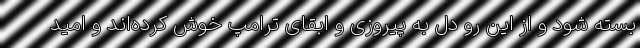
بسته شود و از این رو دل به پیروزی و ابقای ترامپ خوش کرده‌اند و امید